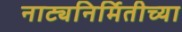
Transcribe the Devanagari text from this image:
नाट्यनिर्मितीच्या